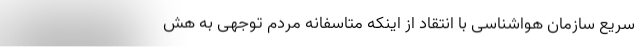
سریع سازمان هواشناسی با انتقاد از اینکه متاسفانه مردم توجهی به هش